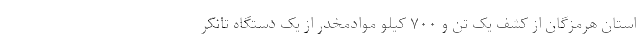
استان هرمزگان از کشف یک تن و ۷۰۰ کیلو موادمخدر از یک دستگاه تانکر